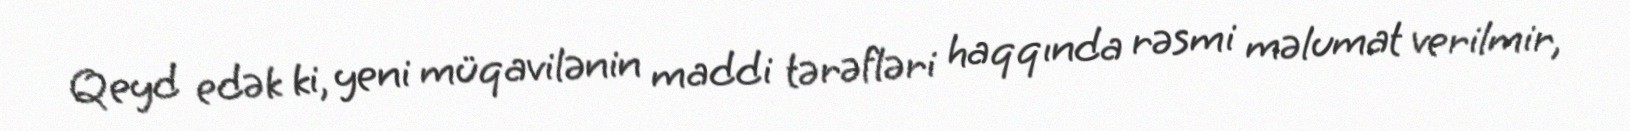
Qeyd edək ki, yeni müqavilənin maddi tərəfləri haqqında rəsmi məlumat verilmir,